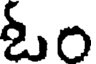
ఓం